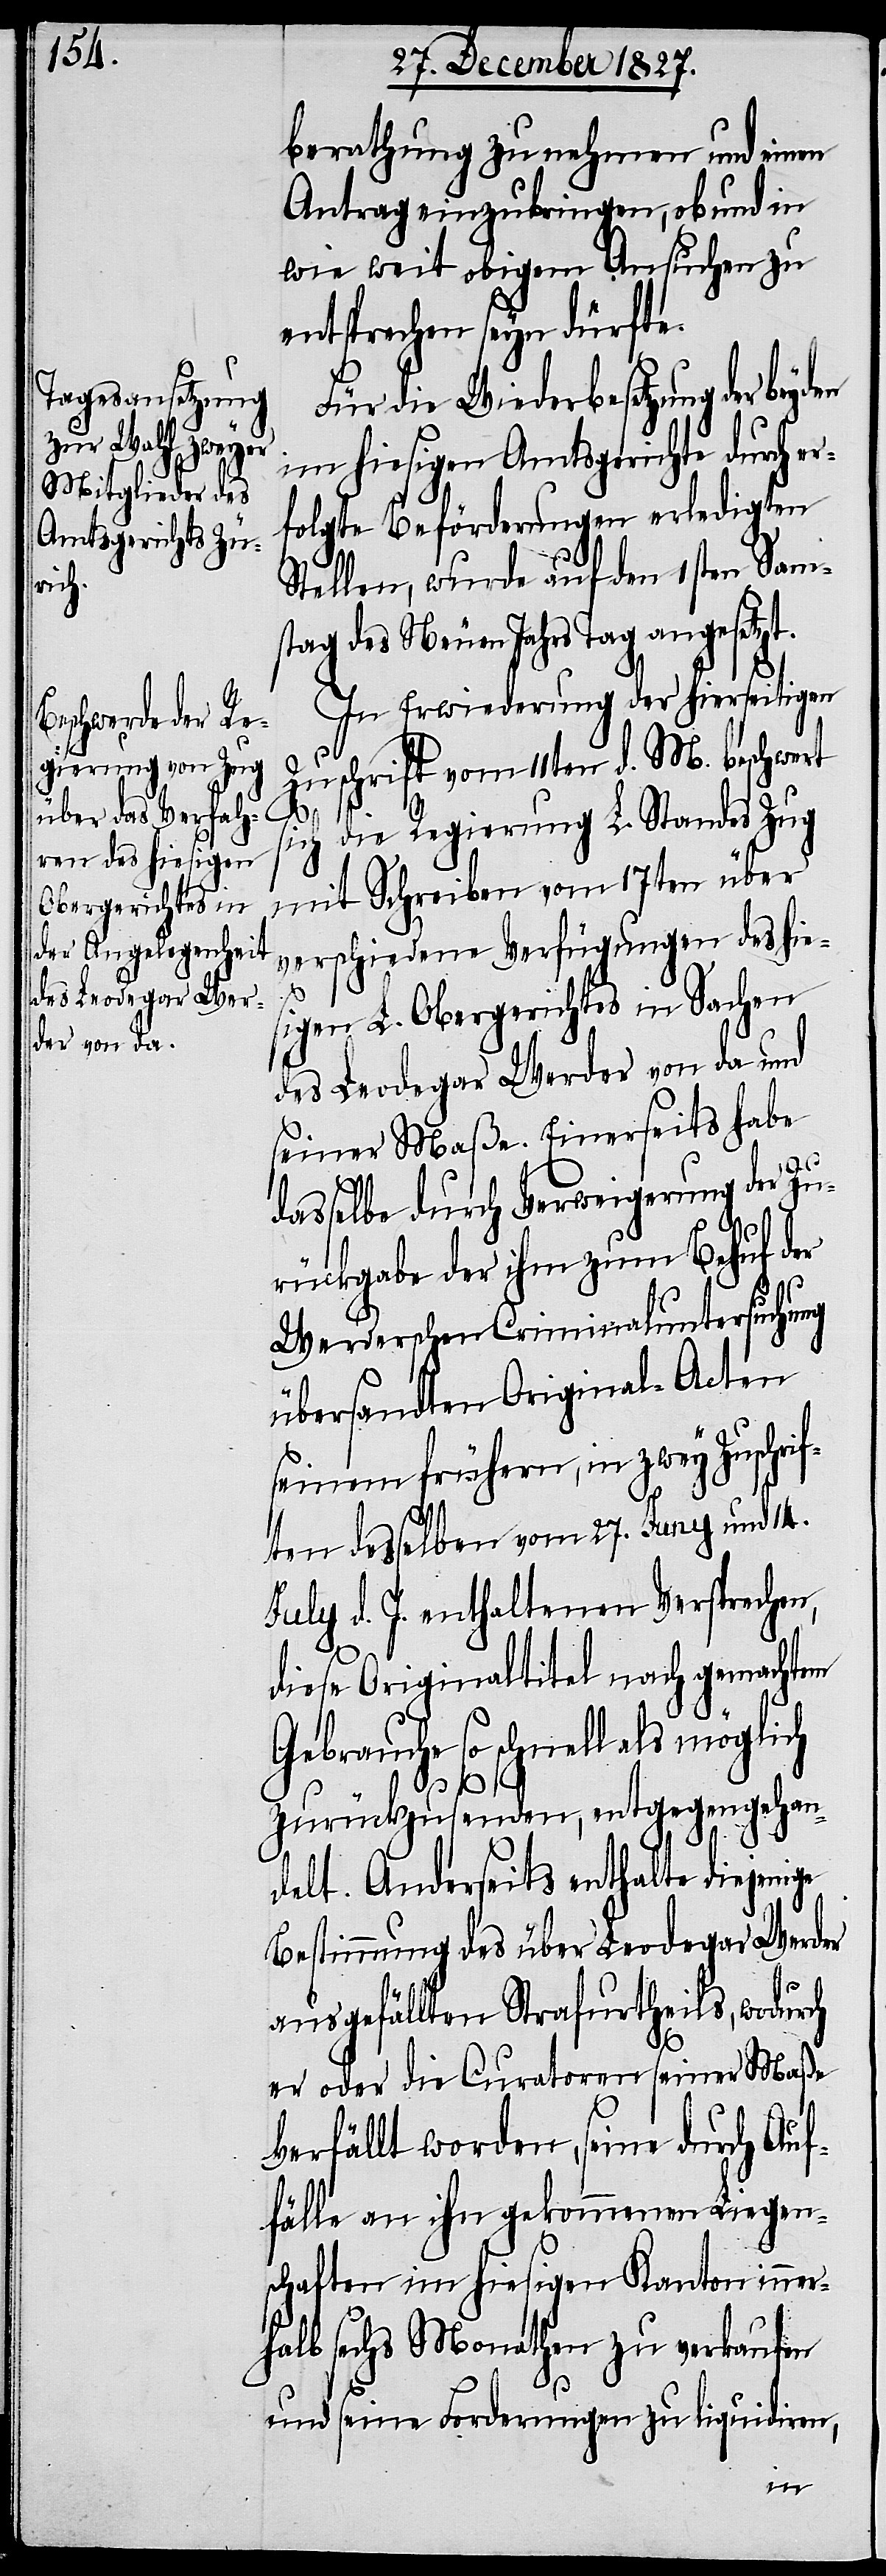
berathung zu nehmen und einen
Antrag einzubringen, ob und in
wie weit obigem Ansuchen zu
entsprechen seyn dürfte.
Für die Wiederbesetzung der
im hiesigen Amtsgerichte durch er¬
folgte Beförderungen erledigten
Stellen, wurde auf den 1sten Sam¬
stag des Neuen Jahrs Tag angesetzt.
In Erwiederung der hierseitigen
Zuschrift vom 11ten d. M. beschwert
sich die Regierung L. Standes Zug
mit Schreiben vom 17ten über
verschiedene Verfügungen des hie¬
sigen L. Obergerichtes in Sachen
des Leodegar Werder von da und
seiner Maße. Einerseits habe
dasselbe durch Verweigerung der Zu¬
rückgabe der ihm zum Behuf der
Werderschen Criminaluntersuchung
übersandten Original-Acten
seinen frühern, in zwey Zuschrif¬
ten desselben vom 27. Juny und 14.
July d. J. enthaltenen Versprechen,
diese Originaltitel nach gemachtem
Gebrauche so schnell als möglich
zurückzusenden, entgegengehan¬
delt. Anderseits enthalte diejenige
Bestimmung des über Leodegar Werder
ausgefällten Strafurtheils, wodurch
er oder die Curatoren seiner Maße
Verfällt worden, seine durch Auf¬
fälle an ihn gekommenen Liegen¬
schaften im hiesigen Kanton inner¬
halb sechs Monathen zu verkaufen
und seine Forderungen zu liquidiren,